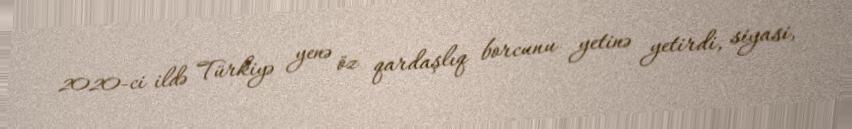
2020-ci ildə Türkiyə yenə öz qardaşlıq borcunu yetinə yetirdi, siyasi,